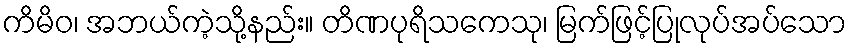
ကိမိဝ၊ အဘယ်ကဲ့သို့နည်း။ တိဏပုရိသကေသု၊ မြက်ဖြင့်ပြုလုပ်အပ်သော